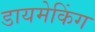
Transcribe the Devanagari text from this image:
डायमेकिंग